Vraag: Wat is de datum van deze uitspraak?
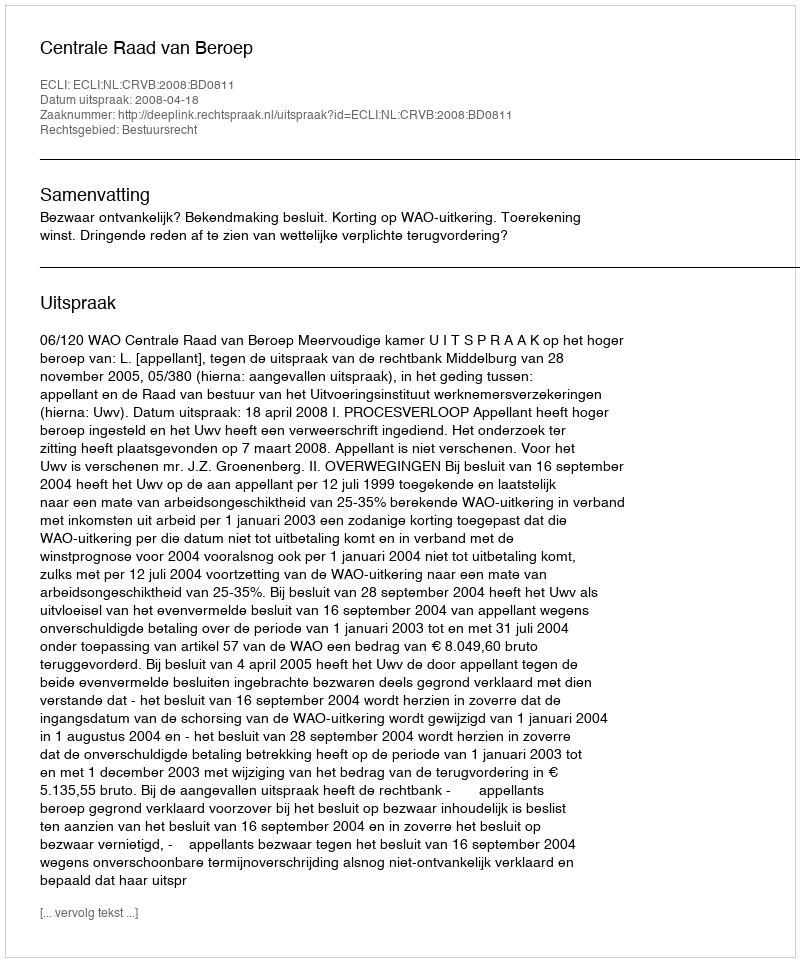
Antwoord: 2008-04-18